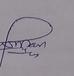
Signature authenticity: genuine